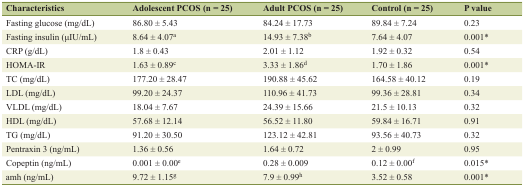
| Characteristics | Adolescent PCOS (n = 25) | Adult PCOS (n = 25) | Control (n = 25) | P value |
 | --- | --- | --- | --- | --- |
 | Fasting glucose (mg/dL) | 86.80 ± 5.43 | 84.24 ± 17.73 | 89.84 ± 7.24 | 0.23 |
 | Fasting insulin (μIU/mL) | 8.64 ± 4.07a | 14.93 ± 7.38b | 7.64 ± 4.07 | 0.001* |
 | CRP (g/dL) | 1.8 ± 0.43 | 2.01 ± 1.12 | 1.92 ± 0.32 | 0.54 |
 | HOMA-IR | 1.63 ± 0.89c | 3.33 ± 1.86d | 1.70 ± 1.86 | 0.001* |
 | TC (mg/dL) | 177.20 ± 28.47 | 190.88 ± 45.62 | 164.58 ± 40.12 | 0.19 |
 | LDL (mg/dL) | 99.20 ± 24.37 | 110.96 ± 41.73 | 99.36 ± 28.81 | 0.34 |
 | VLDL (mg/dL) | 18.04 ± 7.67 | 24.39 ± 15.66 | 21.5 ± 10.13 | 0.32 |
 | HDL (mg/dL) | 57.68 ± 12.14 | 56.52 ± 11.80 | 59.84 ± 16.71 | 0.91 |
 | TG (mg/dL) | 91.20 ± 30.50 | 123.12 ± 42.81 | 93.56 ± 40.73 | 0.32 |
 | Pentraxin 3 (ng/mL) | 1.36 ± 0.56 | 1.64 ± 0.72 | 2 ± 0.99 | 0.95 |
 | Copeptin (ng/mL) | 0.001 ± 0.00e | 0.28 ± 0.009 | 0.12 ± 0.00f | 0.015* |
 | amh (ng/mL) | 9.72 ± 1.15g | 7.9 ± 0.99h | 3.52 ± 0.58 | 0.001* |